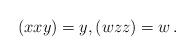
LaTeX: \begin{align*}(xxy)=y, (wzz)=w \, . \end{align*}